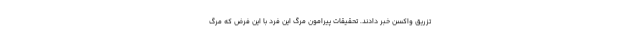
تزریق واکسن خبر دادند. تحقیقات پیرامون مرگ این فرد با این فرض که مرگ